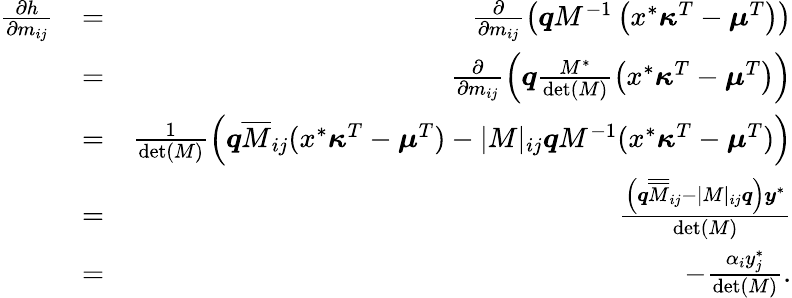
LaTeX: \begin{array}{rlr}{\frac{\partial h}{\partial m_{ij}}}&{=}&{\frac{\partial}{\partial m_{ij}}\left(\boldsymbol qM^{-1}\left(x^{*}\boldsymbol\kappa^{T}-\boldsymbol\mu^{T}\right)\right)}\\ &{=}&{\frac{\partial}{\partial m_{ij}}\left(\boldsymbol q\frac{M^{*}}{\operatorname*{det}(M)}\left(x^{*}\boldsymbol\kappa^{T}-\boldsymbol\mu^{T}\right)\right)}\\ &{=}&{\frac{1}{\operatorname*{det}(M)}\left(\boldsymbol q\overline{M}_{ij}(x^{*}\boldsymbol\kappa^{T}-\boldsymbol\mu^{T})-|M|_{ij}\boldsymbol qM^{-1}(x^{*}\boldsymbol\kappa^{T}-\boldsymbol\mu^{T})\right)}\\ &{=}&{\frac{\left(\boldsymbol q\overline{{\overline{M}}}_{ij}-|M|_{ij}\boldsymbol q\right)\boldsymbol y^{*}}{\operatorname*{det}(M)}}\\ &{=}&{-\frac{\alpha_{i}y_{j}^{*}}{\operatorname*{det}(M)}.}\end{array}